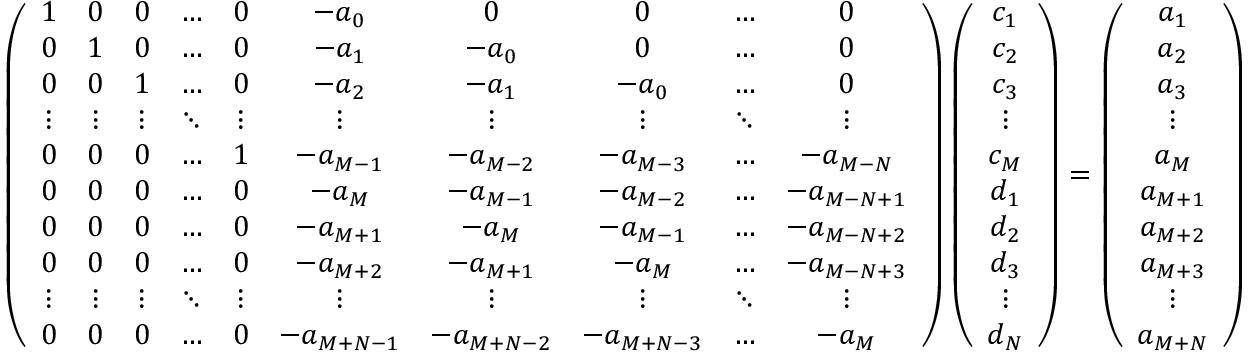
\begin{array} { r } { \left( \begin{array} { c c c c c c c c c c } { 1 } & { 0 } & { 0 } & { \ldots } & { 0 } & { - a _ { 0 } } & { 0 } & { 0 } & { \ldots } & { 0 } \\ { 0 } & { 1 } & { 0 } & { \ldots } & { 0 } & { - a _ { 1 } } & { - a _ { 0 } } & { 0 } & { \ldots } & { 0 } \\ { 0 } & { 0 } & { 1 } & { \ldots } & { 0 } & { - a _ { 2 } } & { - a _ { 1 } } & { - a _ { 0 } } & { \ldots } & { 0 } \\ { \vdots } & { \vdots } & { \vdots } & { \ddots } & { \vdots } & { \vdots } & { \vdots } & { \vdots } & { \ddots } & { \vdots } \\ { 0 } & { 0 } & { 0 } & { \ldots } & { 1 } & { - a _ { M - 1 } } & { - a _ { M - 2 } } & { - a _ { M - 3 } } & { \ldots } & { - a _ { M - N } } \\ { 0 } & { 0 } & { 0 } & { \ldots } & { 0 } & { - a _ { M } } & { - a _ { M - 1 } } & { - a _ { M - 2 } } & { \ldots } & { - a _ { M - N + 1 } } \\ { 0 } & { 0 } & { 0 } & { \ldots } & { 0 } & { - a _ { M + 1 } } & { - a _ { M } } & { - a _ { M - 1 } } & { \ldots } & { - a _ { M - N + 2 } } \\ { 0 } & { 0 } & { 0 } & { \ldots } & { 0 } & { - a _ { M + 2 } } & { - a _ { M + 1 } } & { - a _ { M } } & { \ldots } & { - a _ { M - N + 3 } } \\ { \vdots } & { \vdots } & { \vdots } & { \ddots } & { \vdots } & { \vdots } & { \vdots } & { \vdots } & { \ddots } & { \vdots } \\ { 0 } & { 0 } & { 0 } & { \ldots } & { 0 } & { - a _ { M + N - 1 } } & { - a _ { M + N - 2 } } & { - a _ { M + N - 3 } } & { \ldots } & { - a _ { M } } \end{array} \right) \left( \begin{array} { c } { c _ { 1 } } \\ { c _ { 2 } } \\ { c _ { 3 } } \\ { \vdots } \\ { c _ { M } } \\ { d _ { 1 } } \\ { d _ { 2 } } \\ { d _ { 3 } } \\ { \vdots } \\ { d _ { N } } \end{array} \right) = \left( \begin{array} { c } { a _ { 1 } } \\ { a _ { 2 } } \\ { a _ { 3 } } \\ { \vdots } \\ { a _ { M } } \\ { a _ { M + 1 } } \\ { a _ { M + 2 } } \\ { a _ { M + 3 } } \\ { \vdots } \\ { a _ { M + N } } \end{array} \right) } \end{array}